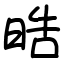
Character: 晧